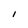
Character: I